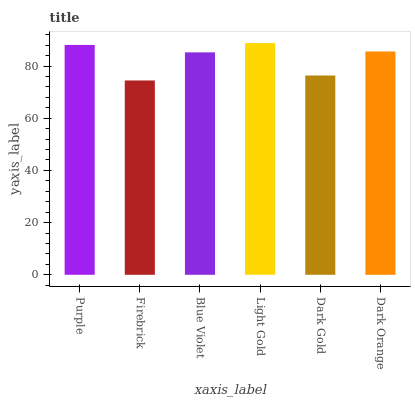
| xaxis_label | bars |
 | --- | --- |
 | Purple | 88.1 |
 | Firebrick | 74.5 |
 | Blue Violet | 85.2 |
 | Light Gold | 88.8 |
 | Dark Gold | 76.4 |
 | Dark Orange | 85.6 |